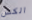
الكس